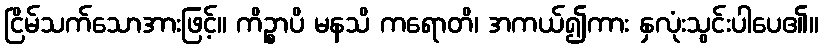
ငြိမ်သက်သောအားဖြင့်။ ကိဉ္စာပိ မနသိ ကရောတိ၊ အကယ်၍ကား နှလုံးသွင်းပါပေ၏။